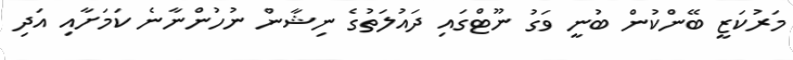
މަރުކަޒީ ބޭންކުން ބުނީ ވަގު ނޫޓްގައި ދައުލަތުގެ ނިޝާން ނުހުންނާނެ ކަމަށާއި އަދި